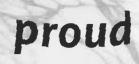
proud